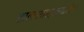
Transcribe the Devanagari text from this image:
तालशास्त्रातील